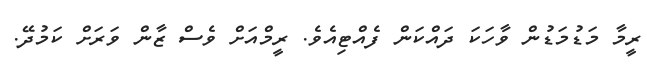
ރީމާ މަޑުމަޑުން ވާހަކަ ދައްކަން ފެއްޓިއެވެ. ރީމްއަށް ވެސް ޒާން ވަރަށް ކަމުދޭ.